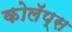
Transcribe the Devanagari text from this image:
कोलॅप्स